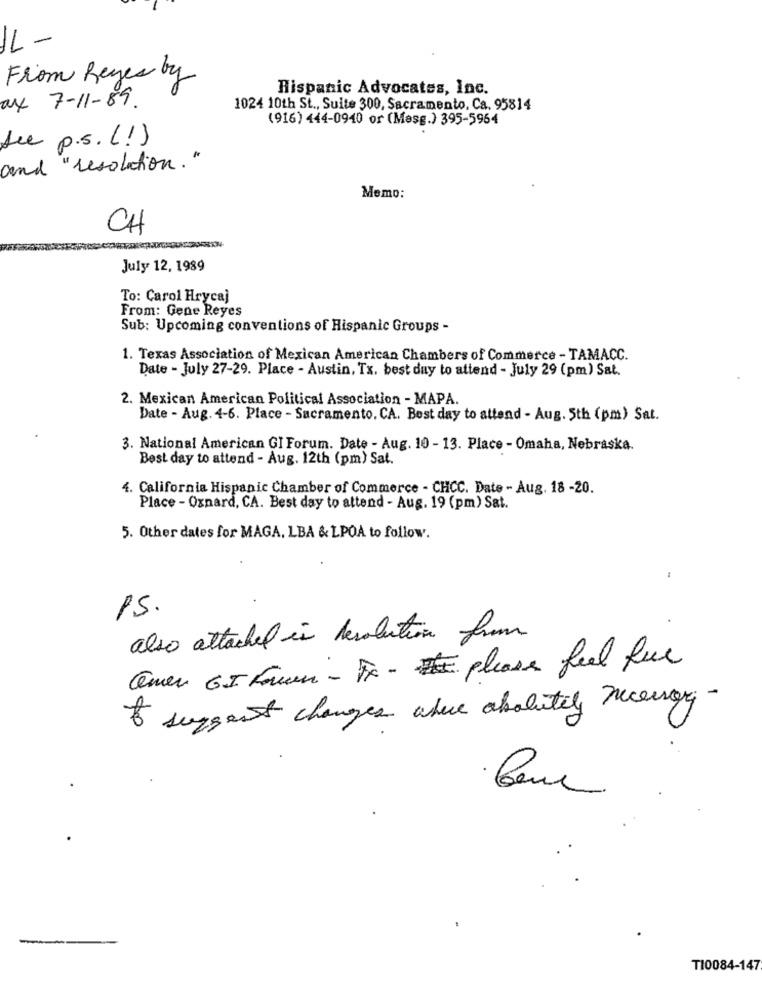
IL -
From Reyes by
Hispanic Advocates, Inc.
ax 7-11-89
1024 10th St ., Suite 300, Sacramento, Ca. 95814
(916) 444-0940 or (Mesg.) 395-5964
see p.s. (!)
and " resolution . "
Memo:
CH
July 12, 1989
To: Carol Hrycaj
From: Gene Reyes
Sub: Upcoming conventions of Hispanic Groups -
1. Texas Association of Mexican American Chambers of Commerce - TAMACC.
Date - July 27-29. Place - Austin, Tx. best day to attend - July 29 (pm) Sat.
2. Mexican American Political Association - MAPA.
Date - Aug. 4-6. Place - Sacramento. CA. Best day to attend - Aug. 5th (pm) Sat.
3. National American GI Forum. Date - Aug. 10 - 13. Place - Omaha, Nebraska.
Best day to attend - Aug. 12th (pm) Sat.
4. California Hispanic Chamber of Commerce - CHCC. Date - Aug. 18 -20.
Place - Oxnard, CA. Best day to attend - Aug. 19 (pm) Sat.
5. Other dates for MAGA, LBA & LPOA to follow.
15.
also attached in resolution from
Quer GI Fomen - Fx- please feel free
I suggest changes where absolutely necessary-
T10084-147